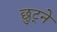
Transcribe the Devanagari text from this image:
छुट्ने